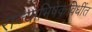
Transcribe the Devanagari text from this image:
राज्याभिषेकविधींत